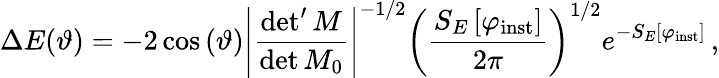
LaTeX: \Delta E(\vartheta)=-2\cos\left(\vartheta\right)\left|\frac{\operatorname*{det}^{\prime}M}{\operatorname*{det}M_{0}}\right|^{-1/2}\left(\frac{S_{E}\left[\varphi_{\mathrm{inst}}\right]}{2\pi}\right)^{1/2}e^{-S_{E}\left[\varphi_{\mathrm{inst}}\right]}\, ,